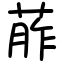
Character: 葄